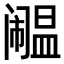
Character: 𫔹